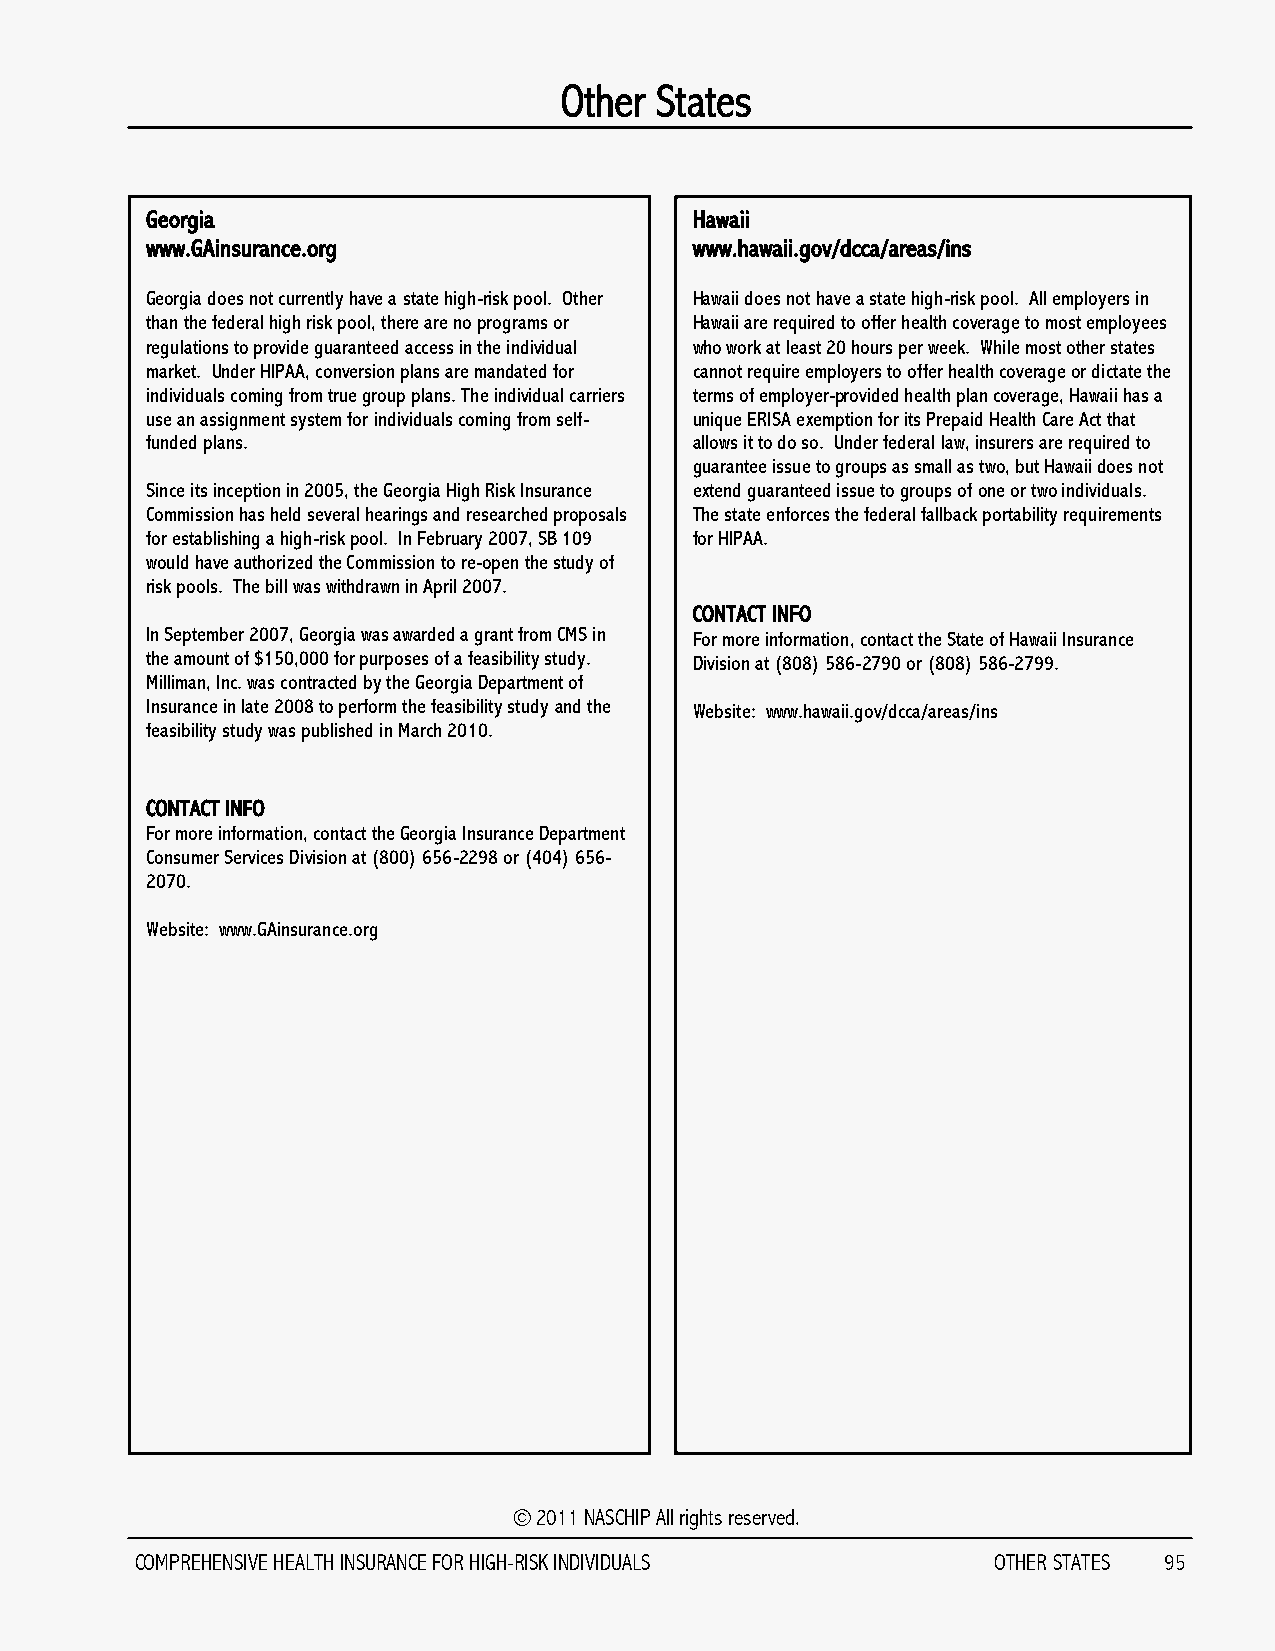
Other States
 Georgia                             Hawaii
 www.GAinsurance.org                 www.hawaii.gov/dcca/areas/ins
 Georgia does not currently have a state high-risk pool. Other Hawaii does not have a state high-risk pool. All employers in
 than the federal high risk pool, there are no programs or Hawaii are required to offer health coverage to most employees
 regulations to provide guaranteed access in the individual who work at least 20 hours per week. While most other states
 market. Under HIPAA, conversion plans are mandated for cannot require employers to offer health coverage or dictate the
 individuals coming from true group plans. The individual carriers terms of employer-provided health plan coverage, Hawaii has a
 use an assignment system for individuals coming from self- unique ERISA exemption for its Prepaid Health Care Act that
 funded plans.                       allows it to do so. Under federal law, insurers are required to
 guarantee issue to groups as small as two, but Hawaii does not
 Since its inception in 2005, the Georgia High Risk Insurance extend guaranteed issue to groups of one or two individuals.
 Commission has held several hearings and researched proposals The state enforces the federal fallback portability requirements
 for establishing a high-risk pool. In February 2007, SB 109 for HIPAA.
 would have authorized the Commission to re-open the study of
 risk pools. The bill was withdrawn in April 2007.
 CONTACT INFO
 In September 2007, Georgia was awarded a grant from CMS in For more information, contact the State of Hawaii Insurance
 the amount of $150,000 for purposes of a feasibility study. Division at (808) 586-2790 or (808) 586-2799.
 Milliman, Inc. was contracted by the Georgia Department of
 Insurance in late 2008 to perform the feasibility study and the Website: www.hawaii.gov/dcca/areas/ins
 feasibility study was published in March 2010.
 CONTACT INFO
 For more information, contact the Georgia Insurance Department
 Consumer Services Division at (800) 656-2298 or (404) 656-
 2070.
 Website: www.GAinsurance.org
 © 2011 NASCHIP All rights reserved.
 COMPREHENSIVE HEALTH INSURANCE FOR HIGH-RISK INDIVIDUALS OTHER STATES 95